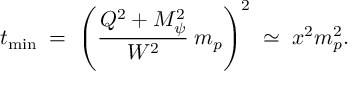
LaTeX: t _ { \mathrm { m i n } } \; = \; \left( \frac { Q ^ { 2 } + M _ { \psi } ^ { 2 } } { W ^ { 2 } } \: m _ { p } \right) ^ { 2 } \; \simeq \; x ^ { 2 } m _ { p } ^ { 2 } .